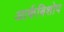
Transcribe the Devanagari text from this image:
आर्कबिशोप